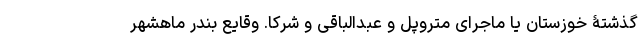
گذشتۀ خوزستان یا ماجرای متروپل و عبدالباقی و شرکا. وقایع بندر ماهشهر